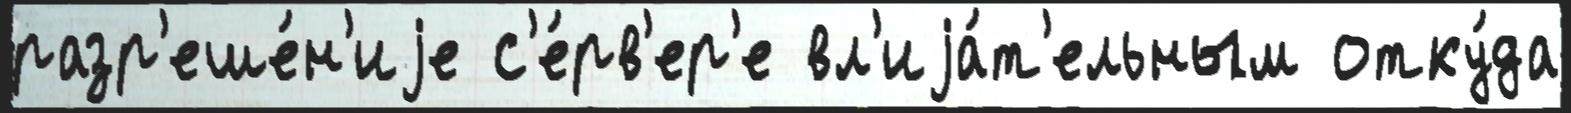
разр'еше́н'иjе с'е́рв'ер'е вл'иjа́т'ельным отку́да